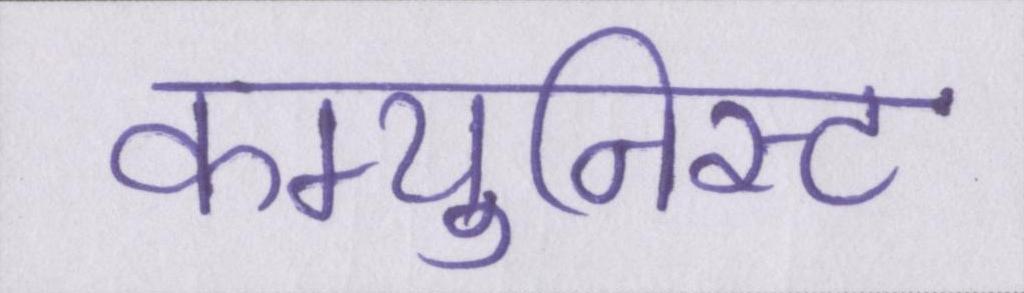
कम्युनिस्ट